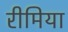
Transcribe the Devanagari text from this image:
रीमिया